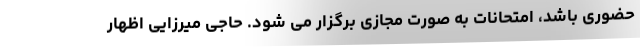
حضوری باشد، امتحانات به صورت مجازی برگزار می شود. حاجی میرزایی اظهار